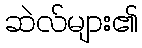
ဆဲလ်များ၏